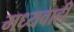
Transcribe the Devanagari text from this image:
मध्यवाही